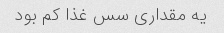
یه مقداری سس غذا کم بود